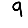
Digit: 9